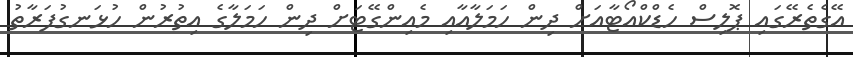
އޭގެތެރޭގައި ޕޮލިސް ހެޑްކްއޯޓާއަށް ދިން ހަމަލާއާއި މެއިންގޭޓަށް ދިން ހަމަލާގެ އިތުރުން ހުޅަނގުފަރާތު